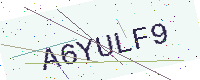
Text: A6YULF9